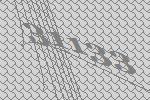
31133